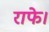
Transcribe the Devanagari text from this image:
राफे।